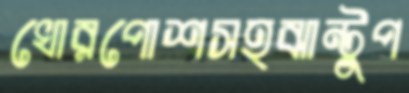
খোরপোশসহঝান্টুপ